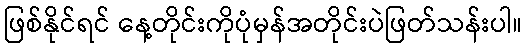
ဖြစ်နိုင်ရင် နေ့တိုင်းကိုပုံမှန်အတိုင်းပဲဖြတ်သန်းပါ။